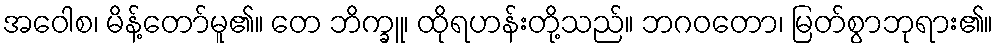
အဝေါစ၊ မိန့်တော်မူ၏။ တေ ဘိက္ခူ၊ ထိုရဟန်းတို့သည်။ ဘဂဝတော၊ မြတ်စွာဘုရား၏။